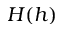
H ( h )